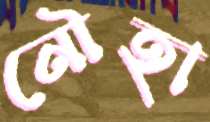
নৌহা